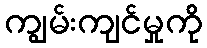
ကျွမ်းကျင်မှုကို